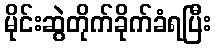
မိုင်းဆွဲတိုက်ခိုက်ခံရပြီး